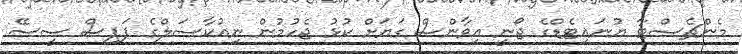
މެންޗެސްޓާ ޔުނައިޓެޑްގެ ޖޯނީ އިވާންސް ގަޔަށް ކުޅު ޖެހުމުން ނިއުކާސަލްގެ ޕަޕިސް ސީސޭ